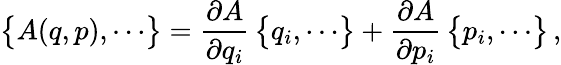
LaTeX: \bigl\{ A(q,p),\cdots\bigr\} =\frac{\partial A}{\partial q_{i}}\, \bigl\{ q_{i},\cdots\bigr\} +\frac{\partial A}{\partial p_{i}}\, \bigl\{ p_{i},\cdots\bigr\} \, ,